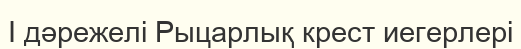
I дәрежелі Рыцарлық крест иегерлері